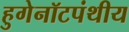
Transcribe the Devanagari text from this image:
हुगेनॉटपंथीय